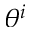
\theta ^ { i }